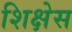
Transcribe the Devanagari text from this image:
शिक्षेस